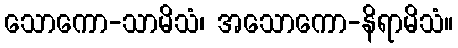
သောကော-သာမိသံ၊ အသောကော-နိရာမိသံ။